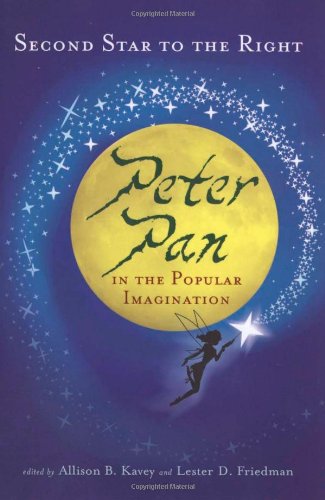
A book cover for Second Star to the Right: Peter Pan in the Popular Imagination; Humor & Entertainment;